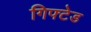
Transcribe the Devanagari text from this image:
गिफ्टेड